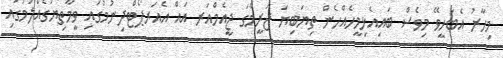
މިހާރު އެބަހީވޭ މިވެސް ބައިއެޅިމީހެއްހެން ތިޔަބިޔަ ޖަރީމާގަ ޖީއެމްއަރ އައް އެއަރޕޯޓްދިނުމުގައި ވީމާތިޔަގެއްލުމުގައި